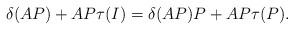
LaTeX: \begin{align*} \delta ( AP )+AP \tau (I) = \delta (AP) P+AP \tau (P) .\end{align*}